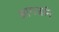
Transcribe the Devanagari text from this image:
आगजनि